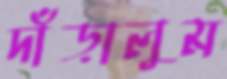
দাঁড়ালুম